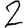
Digit: 2